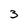
Character: 3